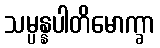
သမ္ပန္နပါတိမောက္ခာ